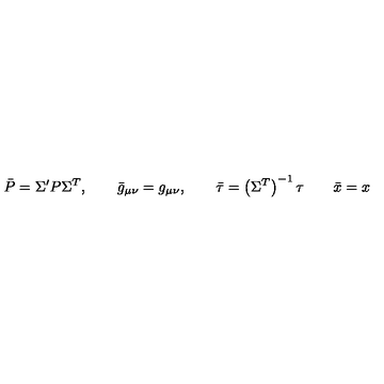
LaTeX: \bar { P } = \Sigma ^ { \prime } P \Sigma ^ { T } , \qquad \bar { g } _ { \mu \nu } = g _ { \mu \nu } , \qquad \bar { \tau } = \left( \Sigma ^ { T } \right) ^ { - 1 } \tau \qquad \bar { x } = x